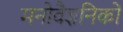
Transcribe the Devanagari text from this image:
मनोवैज्ञनिकों